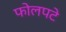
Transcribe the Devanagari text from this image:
फोलपटे